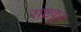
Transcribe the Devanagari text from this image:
राष्टकूट